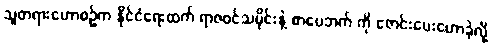
သူတရားဟောစဉ်က နိုင်ငံရေးထက် ရာဇဝင်သမိုင်းနဲ့ စာပေဘက် ကို ဇောင်းပေးဟောခဲ့လို့